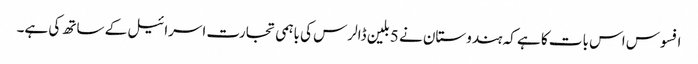
افسوس اس بات کا ہے کہ ہندوستان نے 5 بلین ڈالرس کی باہمی تجارت اسرائیل کے ساتھ کی ہے۔